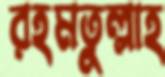
রহমতুল্লাহ